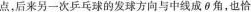
后来另一次乒乓球的发球方向与中线成θ角，也恰